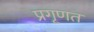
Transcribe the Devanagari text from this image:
प्रगृणत